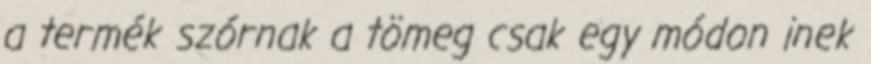
a termék szórnak a tömeg csak egy módon inek